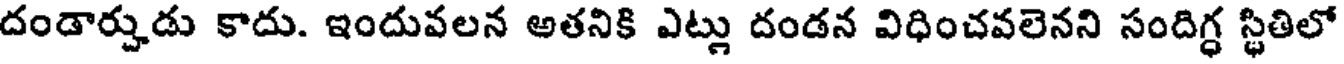
దండార్హుడు కాదు. ఇందువలన అతనికి ఎట్లు దండన విధించవలెనని సందిగ్ధ స్థితిలో